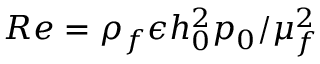
R e = { \rho _ { f } \epsilon h _ { 0 } ^ { 2 } p _ { 0 } } / { \mu _ { f } ^ { 2 } }